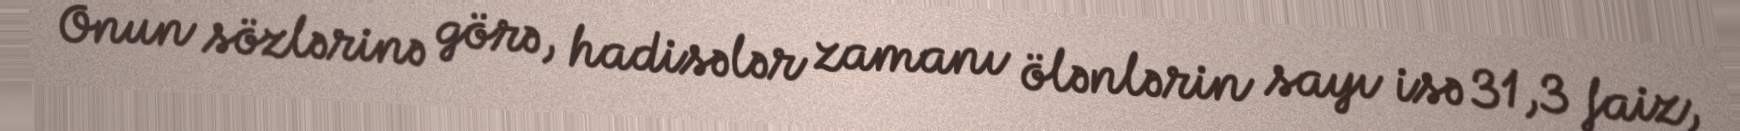
Onun sözlərinə görə, hadisələr zamanı ölənlərin sayı isə 31,3 faiz,